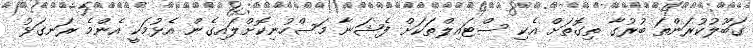
ގަބޫލުކުރަންތަ ބުރުގާ ތިގޮތަށް އެކި ސްޓައިލްތަކަށް ފެޝަނާ މަސްހުނިކޮށްލައިގެން އެޅުމަކީ އެންމެ ރަނގަޅު